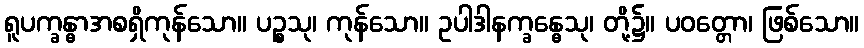
ရူပက္ခန္ဓာအစရှိကုန်သော။ ပဉ္စသု၊ ကုန်သော။ ဥပါဒါနက္ခန္ဓေသု၊ တို့၌။ ပဝတ္တော၊ ဖြစ်သော။